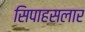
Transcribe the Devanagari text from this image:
सिपाहसलार